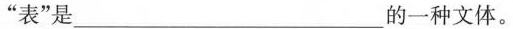
”表”是___ 的一种文体。